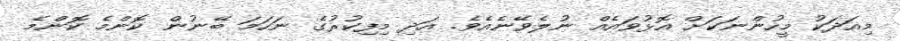
މިއަދަކު މީހުންނަކަށް އޮޅުވައެއް ނުލެވޭނެއެވެ. އަދި މިފިކުރުގެ ނަހަމަ ބޭނުން ކޮންމެ ކޮންމެ